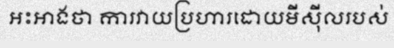
អះអាងថា ការវាយប្រហារដោយមីស៊ីលរបស់